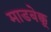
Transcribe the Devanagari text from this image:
माडबेक्कू